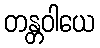
တန္တဝါယေ